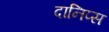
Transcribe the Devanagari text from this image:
दानिप्स